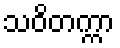
သဝိတက္ကာ